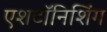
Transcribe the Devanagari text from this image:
एशटॉनिशिंग